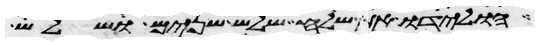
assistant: הולידו את שלח שלש שנים ושלש